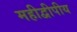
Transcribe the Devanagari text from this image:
महीद्वीपीय